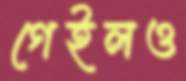
গেইলও